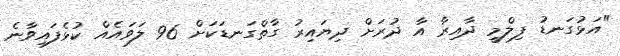
"އަޅުގަނޑު ފިލްމީ ދާއިރާ އާ ދުރަށް ދިޔައިރު ގާތްގަނޑަކަށް 96 ލަވައެއް ކުޅެފައިވާނެ